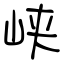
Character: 峡